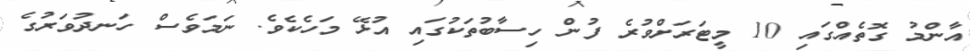
އާންމު ގޮތެއްގައި 10 މީޓަރަށްވުރެ ފުން ހިސާބުތަކުގައި އުޅޭ މަހެކެވެ. ނަމަވެސް ހަނދުވަރުގެ